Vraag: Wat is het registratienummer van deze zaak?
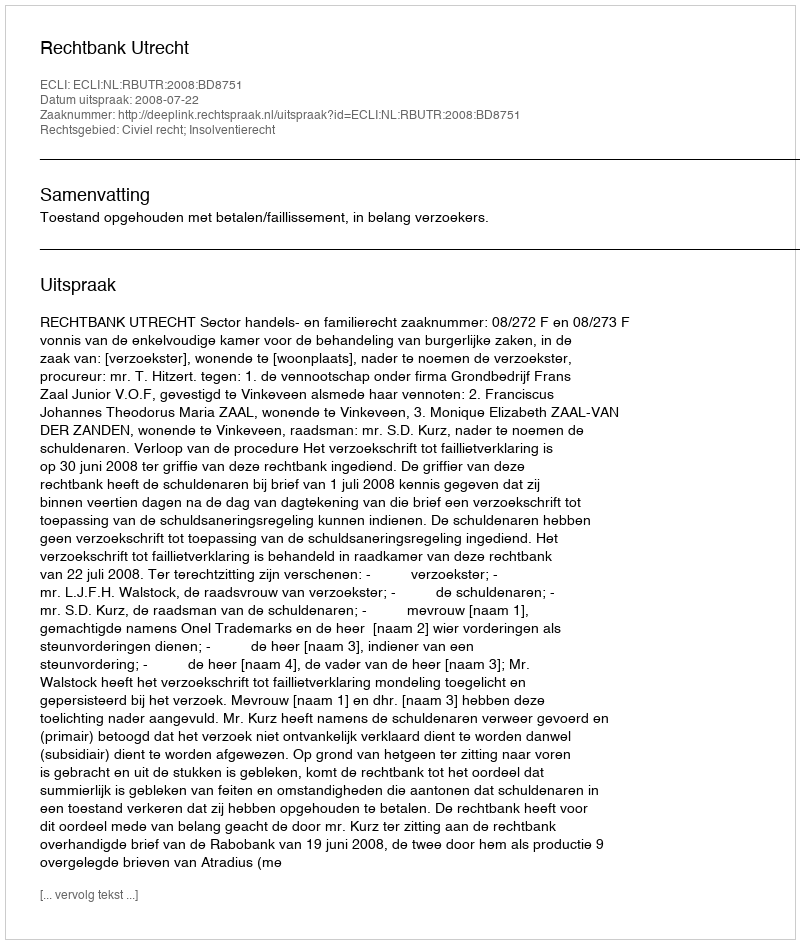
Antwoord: http://deeplink.rechtspraak.nl/uitspraak?id=ECLI:NL:RBUTR:2008:BD8751